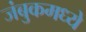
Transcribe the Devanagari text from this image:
जंबुकमध्ये